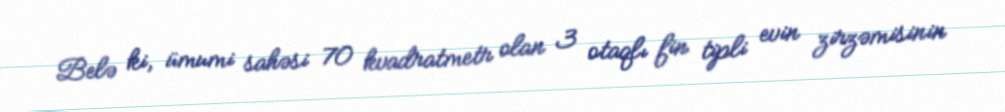
Belə ki, ümumi sahəsi 70 kvadratmetr olan 3 otaqlı fin tipli evin zirzəmisinin